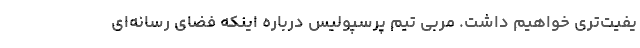
یفیت‌تری خواهیم داشت. مربی تیم پرسپولیس درباره اینکه فضای رسانه‌ای